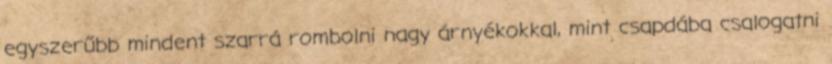
egyszerűbb mindent szarrá rombolni nagy árnyékokkal, mint csapdába csalogatni